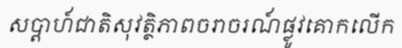
សប្តាហ៍ជាតិសុវត្ថិភាពចរាចរណ៍ផ្លូវគោកលើក